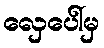
လှေပေါ်မှ